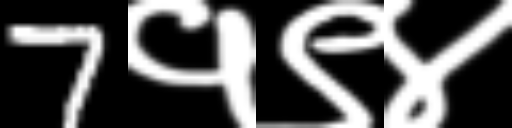
Text: 7१९४